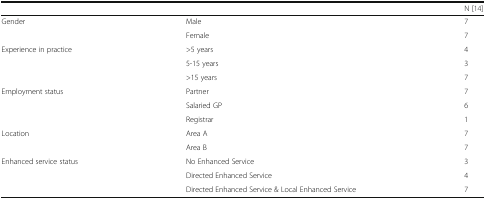
<table><thead><tr><td></td><td></td><td><b>N [14]</b></td></tr></thead><tbody><tr><td rowspan="2">Gender</td><td>Male</td><td>7</td></tr><tr><td>Female</td><td>7</td></tr><tr><td rowspan="3">Experience in practice</td><td>&gt;5 years</td><td>4</td></tr><tr><td>5-15 years</td><td>3</td></tr><tr><td>&gt;15 years</td><td>7</td></tr><tr><td rowspan="3">Employment status</td><td>Partner</td><td>7</td></tr><tr><td>Salaried GP</td><td>6</td></tr><tr><td>Registrar</td><td>1</td></tr><tr><td rowspan="2">Location</td><td>Area A</td><td>7</td></tr><tr><td>Area B</td><td>7</td></tr><tr><td rowspan="3">Enhanced service status</td><td>No Enhanced Service</td><td>3</td></tr><tr><td>Directed Enhanced Service</td><td>4</td></tr><tr><td>Directed Enhanced Service &amp; Local Enhanced Service</td><td>7</td></tr></tbody></table>